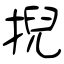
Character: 掜